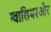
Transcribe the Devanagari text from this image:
ग्वालियरऔर